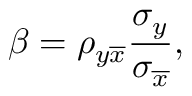
\beta = \rho _ { y \overline { { x } } } \frac { \sigma _ { y } } { \sigma _ { \overline { { x } } } } ,